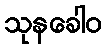
သုနခေါဝ